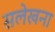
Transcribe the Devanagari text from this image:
सलेखना